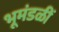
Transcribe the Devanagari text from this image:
भूमंडळीं